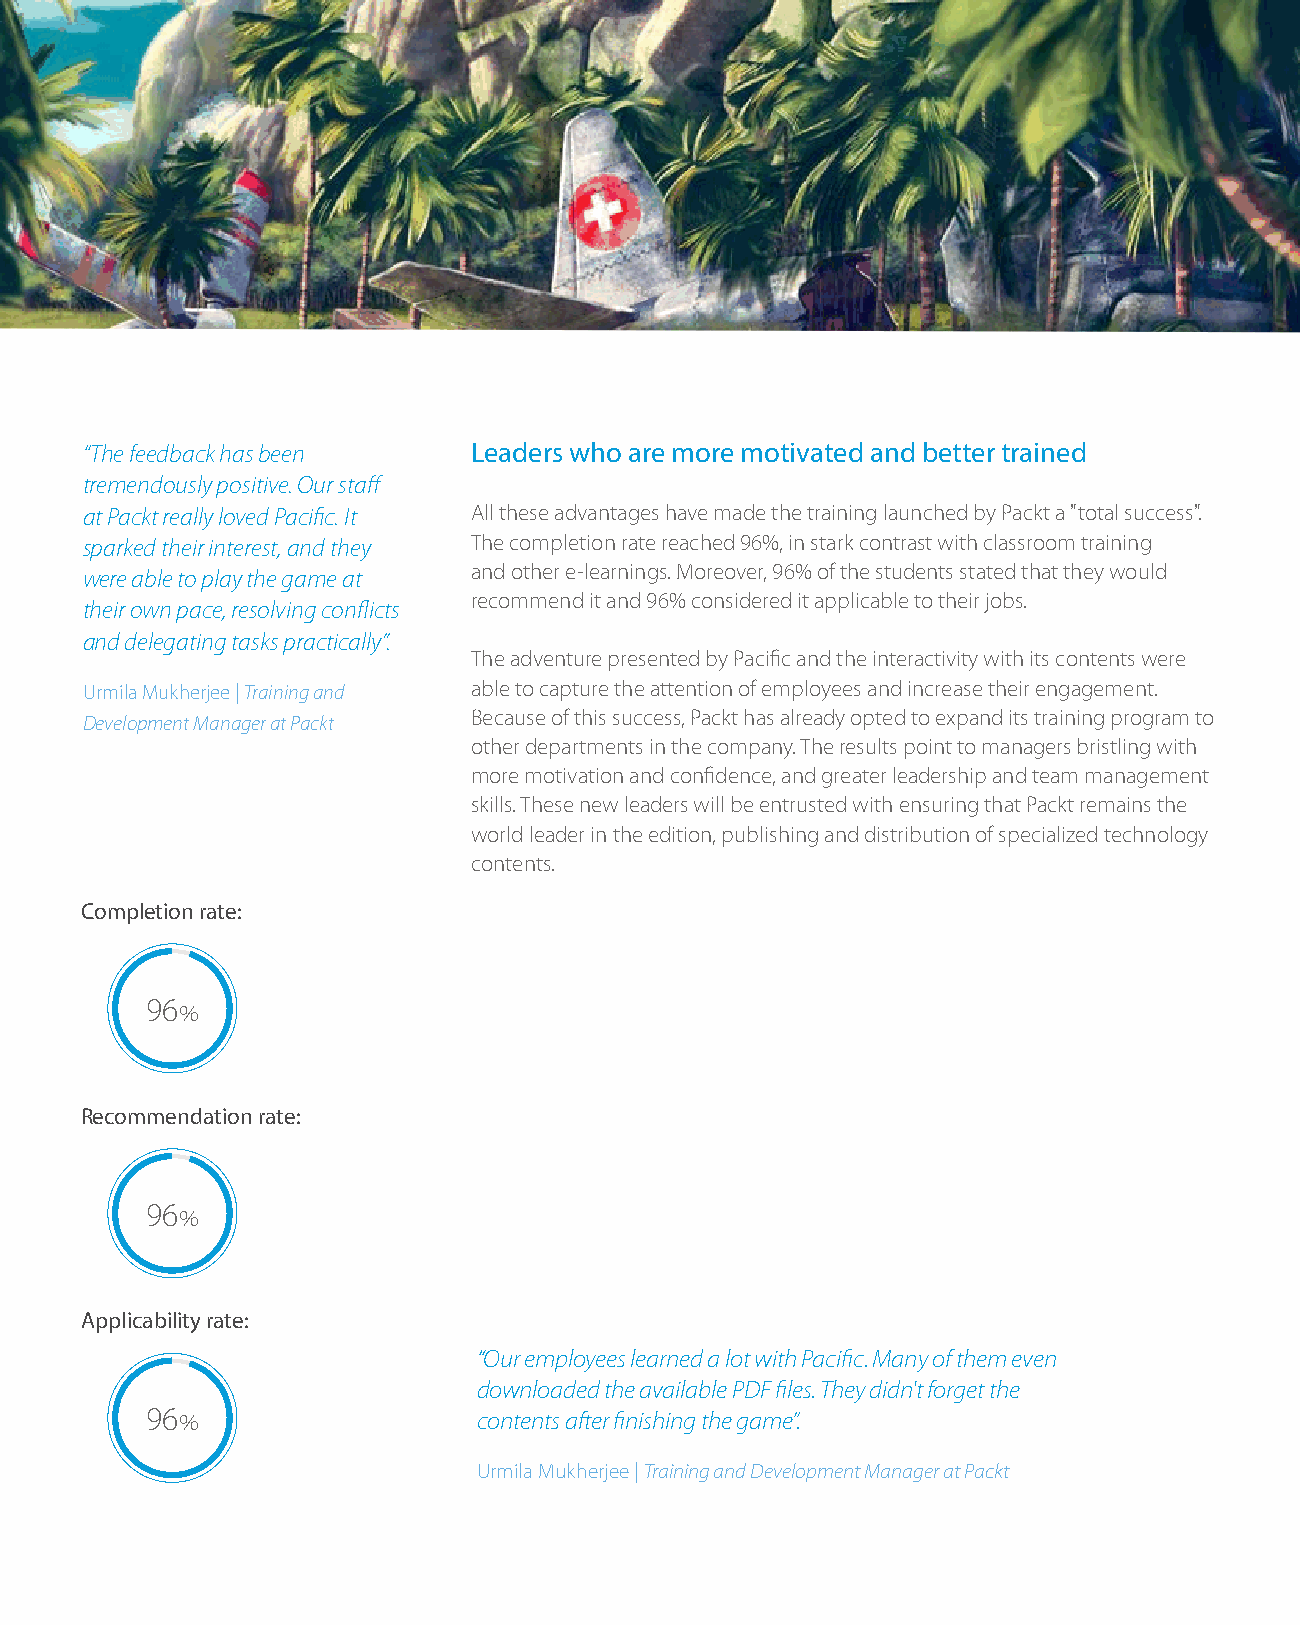
“The feedback has been    Leaders who are more motivated and better trained
 tremendously positive. Our staff
 at Packt really loved Pacific. It All these advantages have made the training launched by Packt a "total success".
 sparked their interest, and they The completion rate reached 96%, in stark contrast with classroom training
 and other e-learnings. Moreover, 96% of the students stated that they would
 were able to play the game at
 recommend it and 96% considered it applicable to their jobs.
 their own pace, resolving conflicts
 and delegating tasks practically”.
 The adventure presented by Pacific and the interactivity with its contents were
 Urmila Mukherjee | Training and able to capture the attention of employees and increase their engagement.
 Because of this success, Packt has already opted to expand its training program to
 Development Manager at Packt
 other departments in the company. The results point to managers bristling with
 more motivation and confidence, and greater leadership and team management
 skills. These new leaders will be entrusted with ensuring that Packt remains the
 world leader in the edition, publishing and distribution of specialized technology
 contents.
 Completion rate:
 96
 %
 Recommendation rate:
 96
 %
 Applicability rate:
 “Our employees learned a lot with Pacific. Many of them even
 downloaded the available PDF files. They didn't forget the
 96 %                  contents after finishing the game”.
 Urmila Mukherjee | Training and Development Manager at Packt